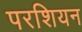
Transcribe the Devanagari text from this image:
परशियन